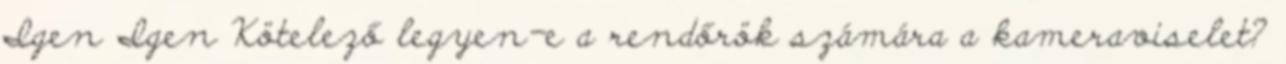
Igen Igen Kötelező legyen-e a rendőrök számára a kameraviselet?